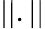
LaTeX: ||.||